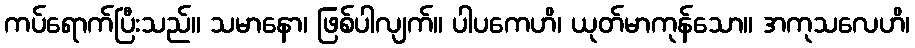
ကပ်ရောက်ပြီးသည်။ သမာနော၊ ဖြစ်ပါလျက်။ ပါပကေဟိ၊ ယုတ်မာကုန်သော။ အကုသလေဟိ၊